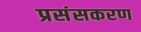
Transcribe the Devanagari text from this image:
प्रसंसकरण